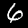
Label: 6